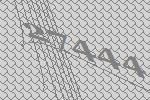
27444